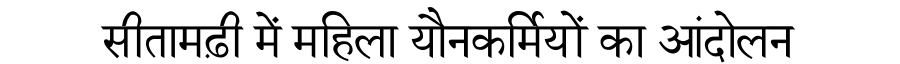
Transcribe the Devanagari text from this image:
सीतामढ़ी में महिला यौनकर्मियों का आंदोलन